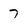
Character: 7